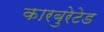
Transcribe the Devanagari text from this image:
कारबुरेटेड